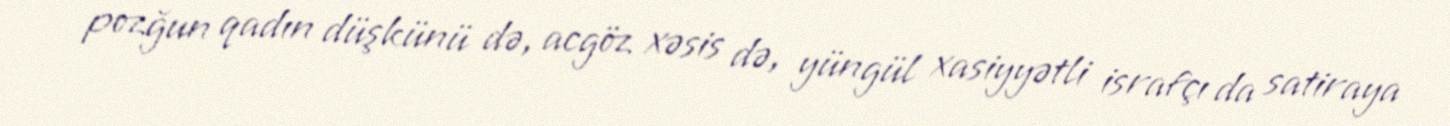
pozğun qadın düşkünü də, acgöz xəsis də, yüngül xasiyyətli israfçı da satiraya